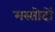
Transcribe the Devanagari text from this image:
मस्सोदों